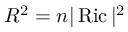
R ^ { 2 } = n | \operatorname { R i c } | ^ { 2 }